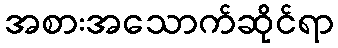
အစားအသောက်ဆိုင်ရာ